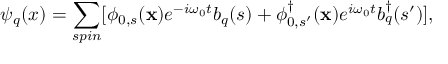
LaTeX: \psi _ { q } ( x ) = \sum _ { s p i n } [ \phi _ { 0 , s } ( { \bf x } ) e ^ { - i \omega _ { 0 } t } b _ { q } ( s ) + \phi _ { 0 , s ^ { \prime } } ^ { \dagger } ( { \bf x } ) e ^ { i \omega _ { 0 } t } b _ { q } ^ { \dagger } ( s ^ { \prime } ) ] ,